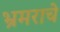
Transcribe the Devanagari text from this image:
भ्रमराचे